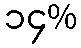
၁၄%